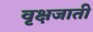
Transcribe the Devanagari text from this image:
वृक्षजाती